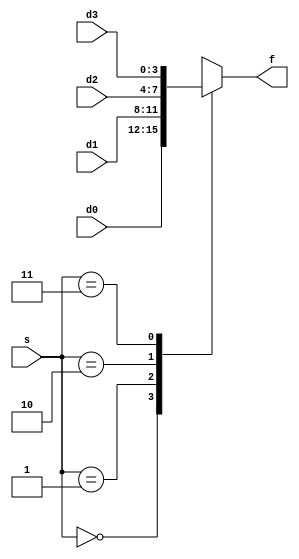
module mux_4x4_case ( 
	input [3:0] d0, d1, d2, d3,
	input [1:0] s,
	output reg [3:0] f); 
		
	always @(*)
		case (s)
			0: f = d0;
			1: f = d1;
			2: f = d2;
			3: f = d3;
		endcase
			
endmodule